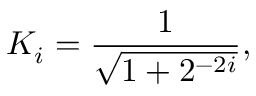
K _ { i } = { \frac { 1 } { \sqrt { 1 + 2 ^ { - 2 i } } } } ,